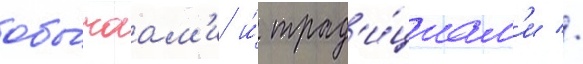
обы́чаам'и и́ трад'и́циам'и //